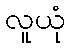
လူယုံ